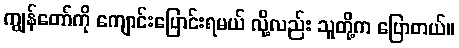
ကျွန်တော်ကို ကျောင်းပြောင်းရမယ် လို့လည်း သူတို့က ပြောတယ်။